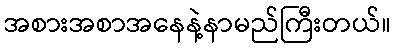
အစားအစာအနေနဲ့နာမည်ကြီးတယ်။